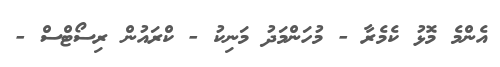
އެންމެ މޮޅު ކެމެރާ - މުހަންމަދު މަނިކު - ކްރައުން ރިސޯޓްސް -